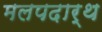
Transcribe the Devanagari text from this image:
मलपदार्थ